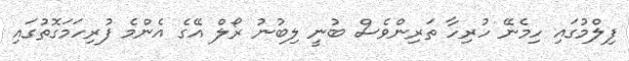
ފިލްމުގައި ހިމެނޭ ހުރިހާ ތަރިންވެސް ބުނީ ލިބުނު ރޯލް އޭގެ އެންމެ ފުރިހަމަގޮތުގައި